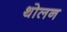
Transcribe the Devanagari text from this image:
थोलन